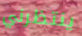
ينتظرني